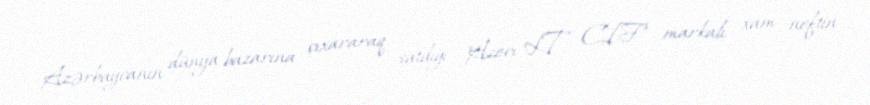
Azərbaycanın dünya bazarına çıxararaq satdığı "Azeri LT CIF" markalı xam neftin